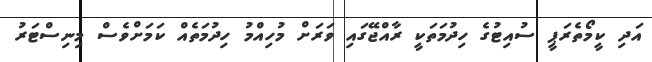
އަދި ކީމޯތެރަޕީ ސުއިޓުގެ ހިދުމަތަކީ ރާއްޖޭގައި ވަރަށް މުހިއްމު ހިދުމަތެއް ކަމަށްވެސް މިނިސްޓަރު